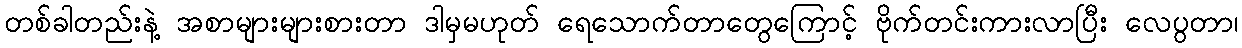
တစ်ခါတည်းနဲ့ အစာများများစားတာ ဒါမှမဟုတ် ရေသောက်တာတွေကြောင့် ဗိုက်တင်းကားလာပြီး လေပွတာ၊